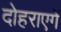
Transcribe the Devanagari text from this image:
दोहराएगें